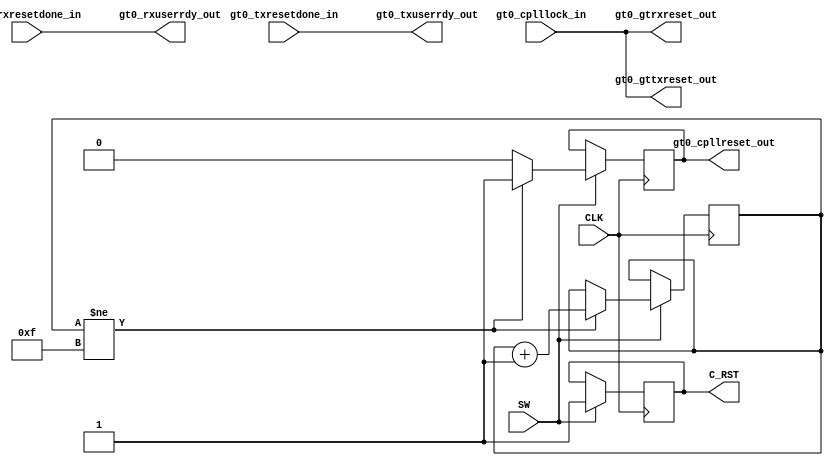
`timescale 1ns / 1ps
//////////////////////////////////////////////////////////////////////////////////
// Company: 
// Engineer: 
// 
// Design Name: 
// Module Name: my_gtconfig
// Project Name: 
// Target Devices: 
// Tool Versions: 
// Description: 
// 
// Dependencies: 
// 
// Revision:
// Revision 0.01 - File Created
// Additional Comments:
// 
//////////////////////////////////////////////////////////////////////////////////


module my_gtconfig(
    input CLK,
    input SW,
    output wire C_RST,
    //output wire soft_reset_tx_out,
    //output wire soft_reset_rx_out,
    input wire gt0_cplllock_in,
    output wire gt0_cpllreset_out,
    output wire gt0_gttxreset_out,
    output wire gt0_gtrxreset_out,
    input wire gt0_rxresetdone_in,
    input wire gt0_txresetdone_in,
    output wire gt0_rxuserrdy_out,
    output wire gt0_txuserrdy_out
);

//jitter attenuated clock reset//
reg clk_rst = 1'b0;
always @(posedge CLK) begin
    if (SW == 1'b1) begin
        clk_rst <= 1'b1;
    end
end
assign C_RST = clk_rst;
//----------//

//soft_reset//
reg is_reset = 1'b0;
reg [3:0] cnt = 4'b0;
always @(posedge CLK) begin
    if (SW == 1'b1) begin
        if (cnt != 4'b1111) begin
            cnt <= cnt + 1'b1;
            is_reset <= 1'b1;
        end
        else begin
            is_reset <= 1'b0;
        end
    end
end
assign gt0_cpllreset_out = is_reset;

//----------//


assign gt0_gttxreset_out = gt0_cplllock_in;
assign gt0_gtrxreset_out = gt0_cplllock_in;

assign gt0_rxuserrdy_out = gt0_rxresetdone_in;
assign gt0_txuserrdy_out = gt0_txresetdone_in;

endmodule

/*---previous---
`timescale 1ns / 1ps
//////////////////////////////////////////////////////////////////////////////////
// Company: 
// Engineer: 
// 
// Design Name: 
// Module Name: my_gtconfig
// Project Name: 
// Target Devices: 
// Tool Versions: 
// Description: 
// 
// Dependencies: 
// 
// Revision:
// Revision 0.01 - File Created
// Additional Comments:
// 
//////////////////////////////////////////////////////////////////////////////////


module my_gtconfig(
    input CLK,
    input SW,
    output wire soft_reset_tx_out,
    output wire soft_reset_rx_out,
    input wire gt0_qplllock_in,
    output wire gt0_gttxreset_out,
    output wire gt0_gtrxreset_out,
    input wire gt0_rxresetdone_in,
    input wire gt0_txresetdone_in,
    output wire gt0_rxuserrdy_out,
    output wire gt0_txuserrdy_out
);

//soft_reset//
reg is_reset = 1'b0;
reg [3:0] cnt = 4'b0;
always @(posedge CLK) begin
    if (SW == 1'b1) begin
        if (cnt != 4'b1111) begin
            cnt <= cnt + 1'b1;
            is_reset <= 1'b1;
        end
        else begin
            is_reset <= 1'b0;
        end
    end
end
assign soft_reset_rx_out = is_reset;
assign soft_reset_tx_out = is_reset;
//----------//


assign gt0_gttxreset_out = gt0_qplllock_in;
assign gt0_gtrxreset_out = gt0_qplllock_in;

assign gt0_rxuserrdy_out = gt0_rxresetdone_in;
assign gt0_txuserrdy_out = gt0_txresetdone_in;

endmodule
------*/